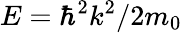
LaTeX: E=\hbar^{2}k^{2}/2m_{0}